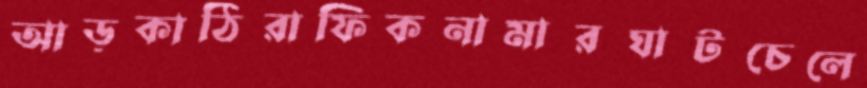
আড়কাঠিরাফিকনামারঘাটচেলে